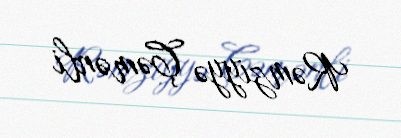
Rəmziyyə Çəmənli